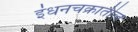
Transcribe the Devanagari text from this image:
इंधनचक्रातील